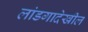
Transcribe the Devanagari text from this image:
लांडगादेखील